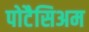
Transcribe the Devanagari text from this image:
पोटैसिअम